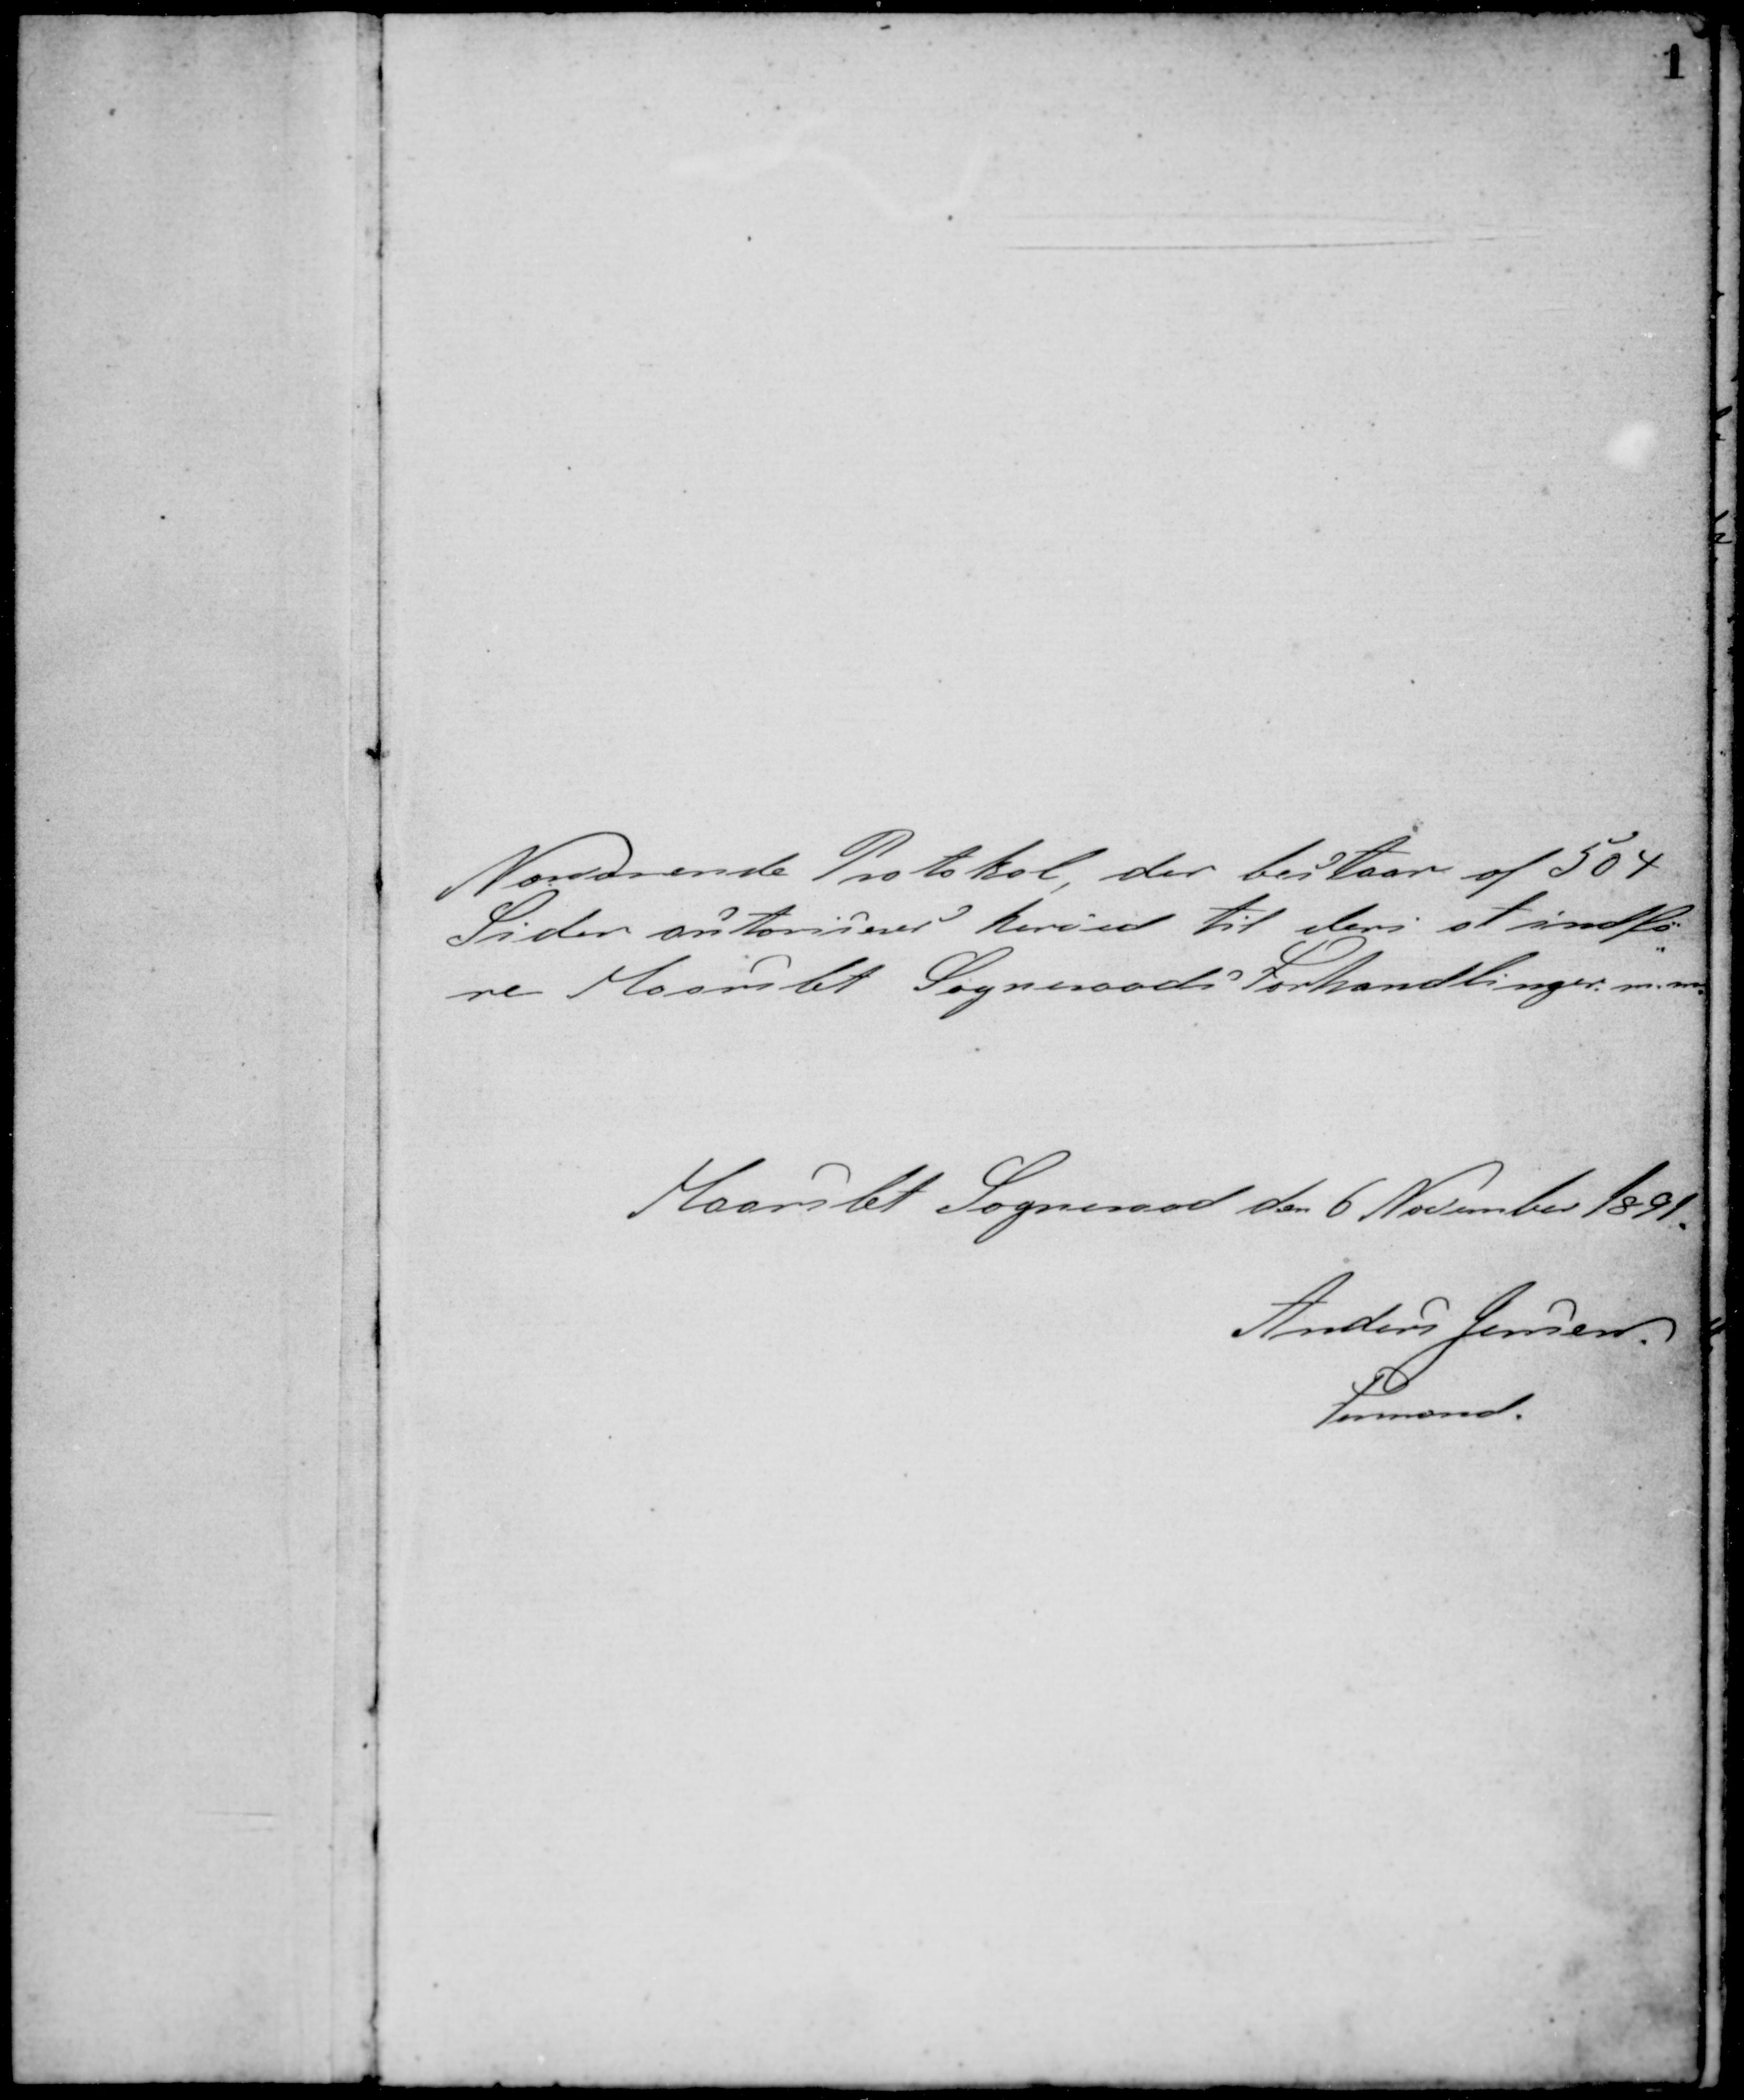
Transskription:
Nærværende Protokol, der bestaar af 504
Sider autoriseres herved til deri at indfø-
re Maarslet Sogneraads Forhandlinger m.m.
Maarslet Sogneraad den 6 November 1891.
Anders Jensen
Formand.